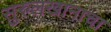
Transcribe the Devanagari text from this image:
सुरुलखानाचा